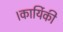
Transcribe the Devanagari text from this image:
।कार्यिकी